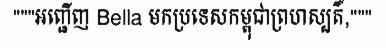
"""អញ្ជើញ Bella មកប្រទេសកម្ពុជាព្រហស្បតិ៍,"""